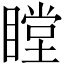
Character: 瞠